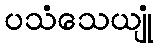
ပသံသေယျုံ